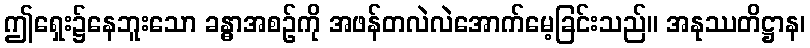
ဤရှေး၌နေဘူးသော ခန္ဓာအစဉ်ကို အဖန်တလဲလဲအောက်မေ့ခြင်းသည်။ အနုဿတိဋ္ဌာန၊